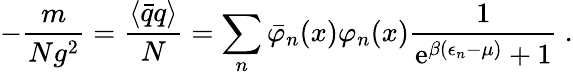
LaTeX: -\frac{m}{Ng^{2}}=\frac{\langle\bar{q}q\rangle}{N}=\sum_{n}\bar{\varphi}_{n}(x)\varphi_{n}(x)\frac{1}{\mathrm{e}^{\beta(\epsilon_{n}-\mu)}+1}\ .